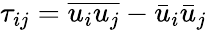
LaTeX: \tau_{ij}=\overline{{{{u}_{i}}{{u}_{j}}}}-{{\bar{u}}_{i}}{{\bar{u}}_{j}}